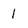
Character: l